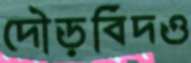
দৌড়বিদও